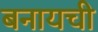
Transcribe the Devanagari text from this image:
बनायची